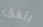
يتفق